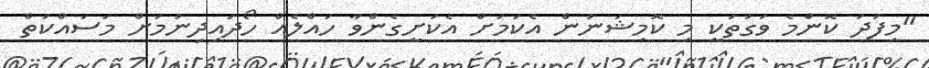
"މިފަދަ ކޮންމެ ވަގުތަކީ މި ކޮމިޝަނުން އެކަމަށް އެކަށީގެންވާ ހައްލެއް ހޯދައިދިނުމަށް މަސައްކަތް